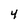
Character: 4